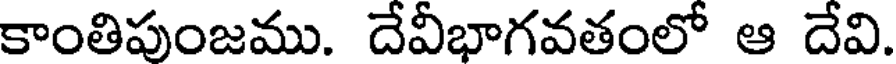
కాంతిపుంజము. దేవీభాగవతంలో ఆ దేవి.